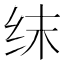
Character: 𬘚